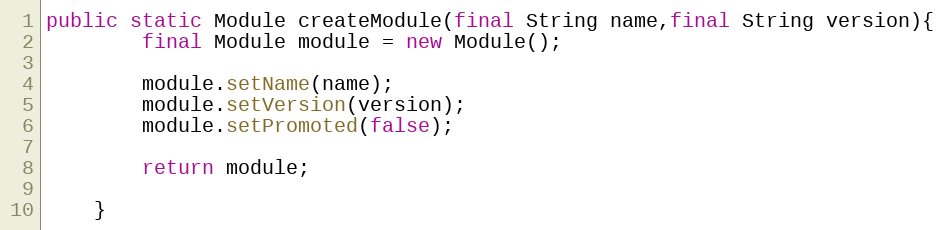
Language: Java
public static Module createModule(final String name,final String version){
        final Module module = new Module();

        module.setName(name);
        module.setVersion(version);
        module.setPromoted(false);

        return module;

    }